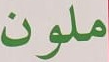
ملون